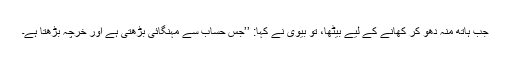
جب ہاتھ منہ دھو کر کھانے کے لیے بیٹھا، تو بیوی نے کہا: ’’جس حساب سے مہنگائی بڑھتی ہے اور خرچہ بڑھتا ہے۔